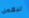
ليعمل